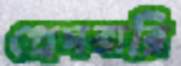
প্রেমবারি